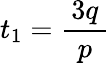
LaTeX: t_{1}={\frac{\, 3q\, }{p}}